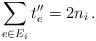
LaTeX: \begin{align*}\sum_{e\in E_i} t''_e = 2n_i\,.\end{align*}